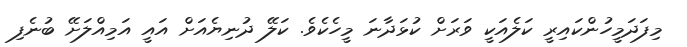
މިފަދަމީހުންކައިރީ ކަލެއަކީ ވަރަށް ކުޅަދާނަ މީހެކެވެ. ކަލޭ ދުނިޔެއަށް އައީ އަމިއްލަށޭ ބުނެފި